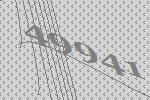
49941